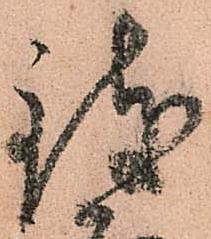
致